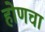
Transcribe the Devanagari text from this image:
होणचा